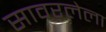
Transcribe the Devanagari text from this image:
सावरलेला